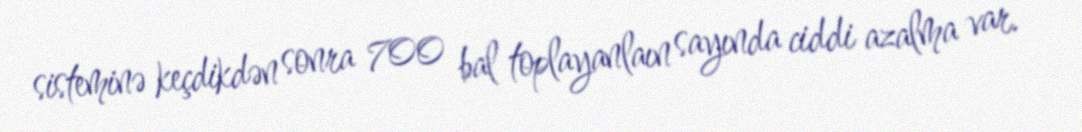
sisteminə keçdikdən sonra 700 bal toplayanlaın sayında ciddi azalma var.